Report of the Municipal Commissioner on the plague in Bombay for the year ending 31st May... - Volume 2
Disease focus: Plague
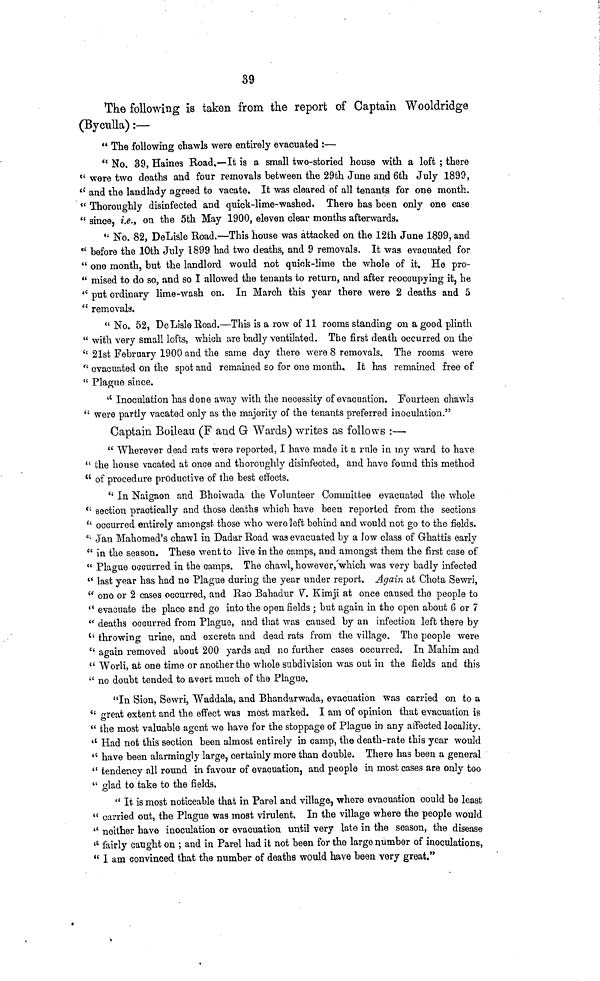
39
The following is taken from the report of Captain Wooldridge
(Byculla) :—
" The .following chawls were entirely evacuated t—
" No. 39, Haines Road.—It is a small two-storied house with a loft ; there
" were two deaths and four removals between the 29th June and 6th July 1890,
" and the landlady agreed to vacate. It was cleared of all tenants for one month.
" Thoroughly disinfected and quick-lime-washed. There has been only one case
" since, i.e., on the 5th May 1900, eleven clear months afterwards.
" No. 82, DeLisle Road.—This house was attacked on the 12th June 1899, and
" before the 10th July 1899 had two deaths, and 9 removals. It was evacuated for
" one month, but the landlord would not quick-time the whole of it. He pro-
" mised to do so, and so I allowed the tenants to return, and after reoccupying it, he
" put ordinary lime-wash on. In March this year there were 2 deaths and 5
" removals.
" No. 52, De Lisle Road.—This is a row of 11 rooms standing on a good plinth
" with very small lofts, which are badly ventilated. The first death occurred on the
" 21st February 1900 and the same day there were 8 removals. The rooms were
" evacuated on the spot and remained so for one month. It has remained free of
" Plague since.
" Inoculation has done away with the necessity of evacuation. Fourteen chawls
" were partly vacated only as the majority of the tenants preferred inoculation."
Captain Boileau (F and G Wards) writes as follows :—
" Wherever dead rats were reported, I have made it a rule in my ward to have
"the house vacated at once and thoroughly disinfected, and have found this method
" of procedure productive of the best effects.
" In Naigaon and Bhoiwada the Volunteer Committee evacuated the whole
" section practically and those deaths which have been reported from the sections
" occurred entirely amongst those who were left behind and would not go to the fields.
" Jan Mahomed's chawl in Dadar Road was evacuated by a low class of Ghattis early
" in the season. These went to live in the camps, and amongst them the first case of
" Plague occurred in the camps. The chawl, however', which was very badly infected
" last year has had no Plague during the year under report. Again at Chota Sewri,
" one or 2 cases occurred, and Rao Bahadur V. Kimji at once caused the people to
" evacuate the place and go into the open fields ; but again in the open about 6 or 7
" deaths occurred from Plague, and that was caused by an infection left there by
" throwing urine, and excreta and dead rats from the village. The people were
" again removed about 200 yards and no further cases occurred. In Mahim and
" Worli, at one time or another the whole subdivision was out in the fields and this
" no doubt tended to avert much of the Plague.
"In Sion, Sewri, Waddala, and Bhandurwada, evacuation was carried on to a
" great extent and the effect was most marked. I am of opinion that evacuation is
" the most valuable agent we have for the stoppage of Plague in any affected locality.
" Had not this section been almost entirely in camp, the death-rate this year would
" have been alarmingly large, certainly more than double. There has been a general
" tendency all round in favour of evacuation, and people in most cases are only too
" glad to take to the fields.
" It is most noticeable that in Parel and village, where evacuation could be least
" carried out, the Plague was most virulent. In the village where the people would
" neither have inoculation or evacuation until very late in the season, the disease
" fairly caught on ; and in Parel had it not been for the large number of inoculations,
" I am convinced that the number of deaths would have been very great."